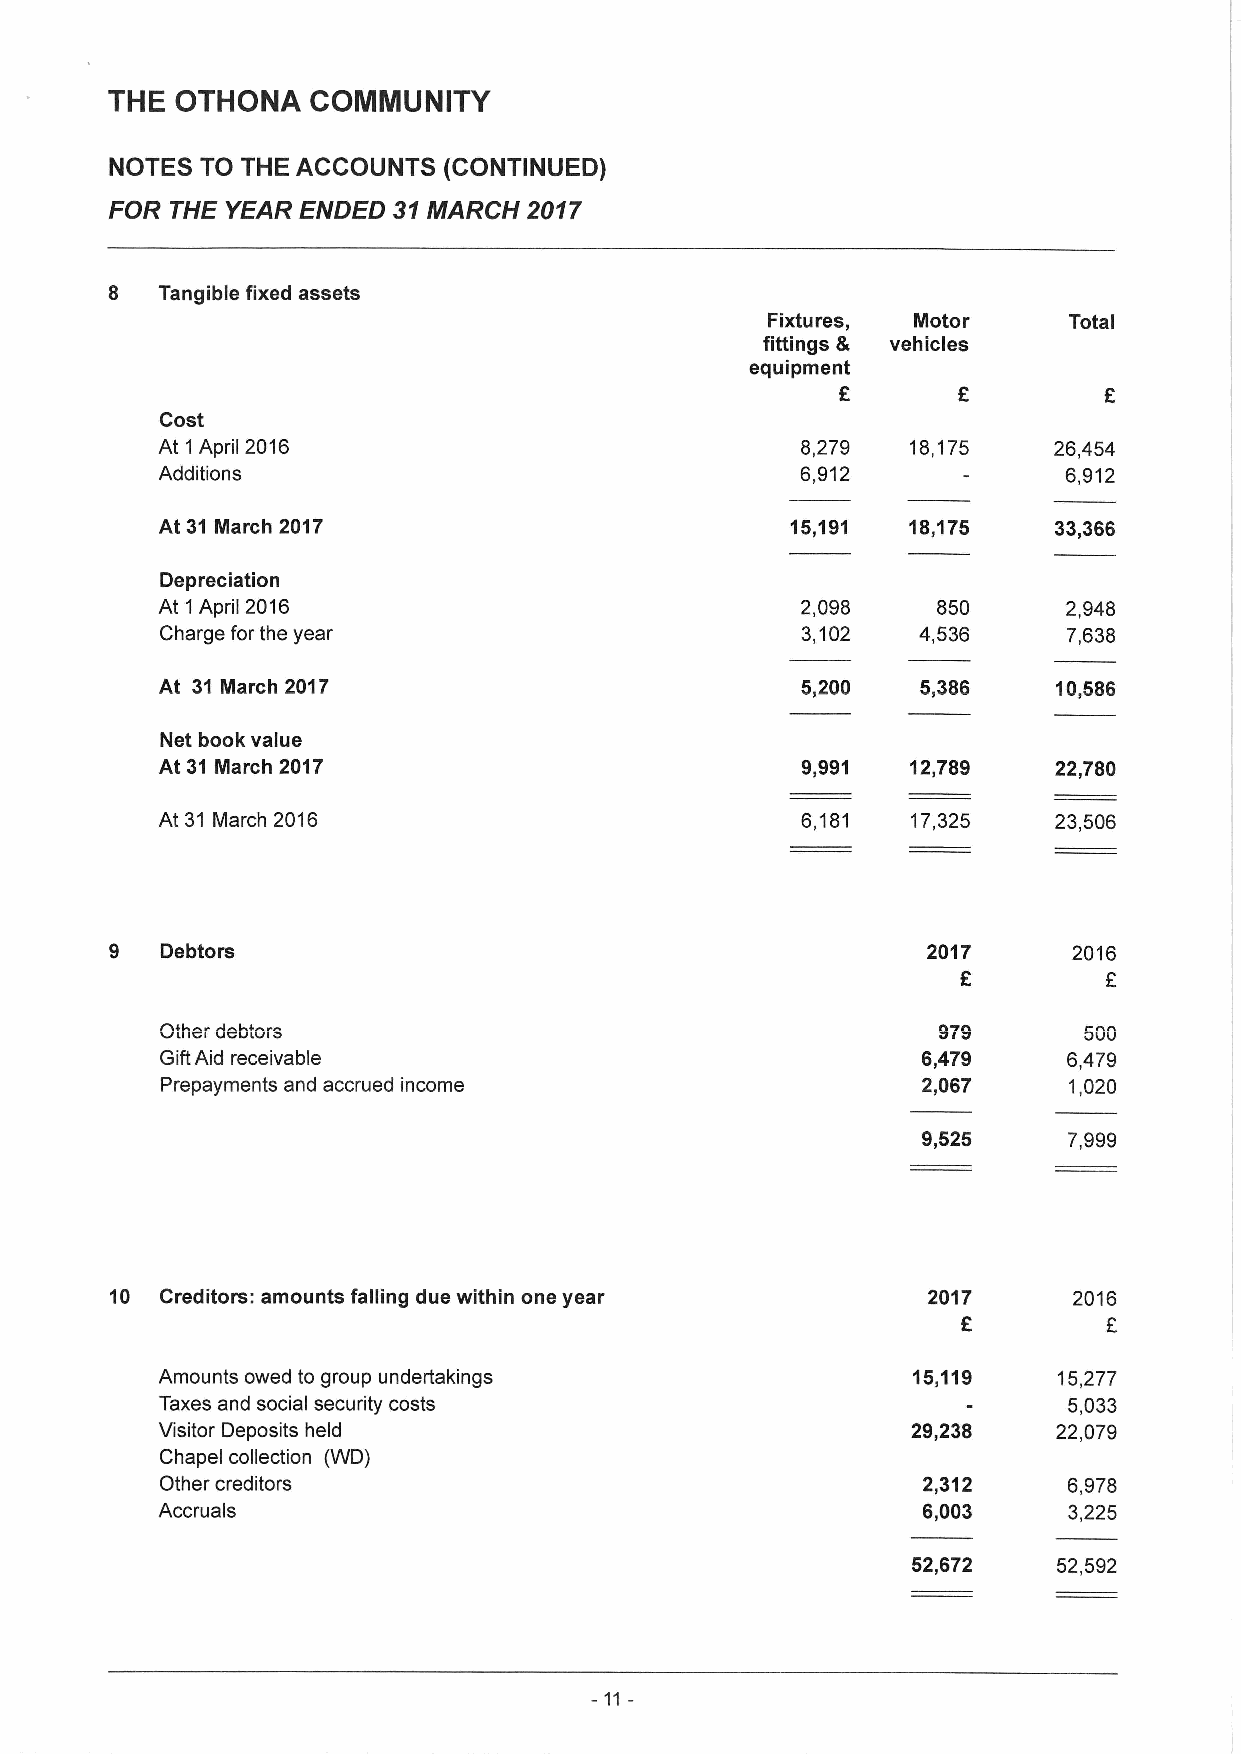
THE  OTHONA   COMMUNITY
 NOTES TO THE ACCOUNTS (CONTINUED)
 FOR THE YEAR ENDED 31MARCH  2017
 8   Tangible fixed assets
 Fixtures, Motor     Total
 fittings & vehicles
 equipment
 E
 Cost
 At 1April 2016                             8,279  18,175    26,454
 Additions                                  6,912             6,912
 At 31 March 2017                          15,191  18,175    33,366
 Depreciation
 At 1 April 2016                            2,098    850      2,948
 Charge for the year                       3,102   4,536     7,638
 At 31 March 2017                          5,200   5,386    10,586
 Net book value
 At 31 March 2017                           9,991  12,789    22,780
 At 31 March 2016                           6,181  17,325    23,506
 9   Debtors                                           2017      2016
 F
 Other debtors                                      979       500
 GiftAid receivable                                6,479     6,479
 Prepayments and accrued income                    2,067     1,020
 9,525     7,999
 10  Creditors: amounts falling due within one year    2017      2016
 F
 Amounts owed to group undertakings                15,119    15,277
 Taxes and social security costs                             5,033
 Visitor Deposits held                             29,238    22,079
 Chapel collection (WD)
 Other creditors                                   2312      6,978
 Accruals                                           6,003     3,225
 52,672    52,592
 -11-